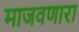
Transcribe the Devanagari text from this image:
माजवणारा